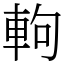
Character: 軥